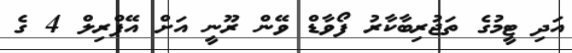
އަދި ޓީމުގެ ތަޖުރިބާކާރު ފޯވާޑް ވޭން ރޫނީ އަށް އޭޕްރިލް 4 ގެ